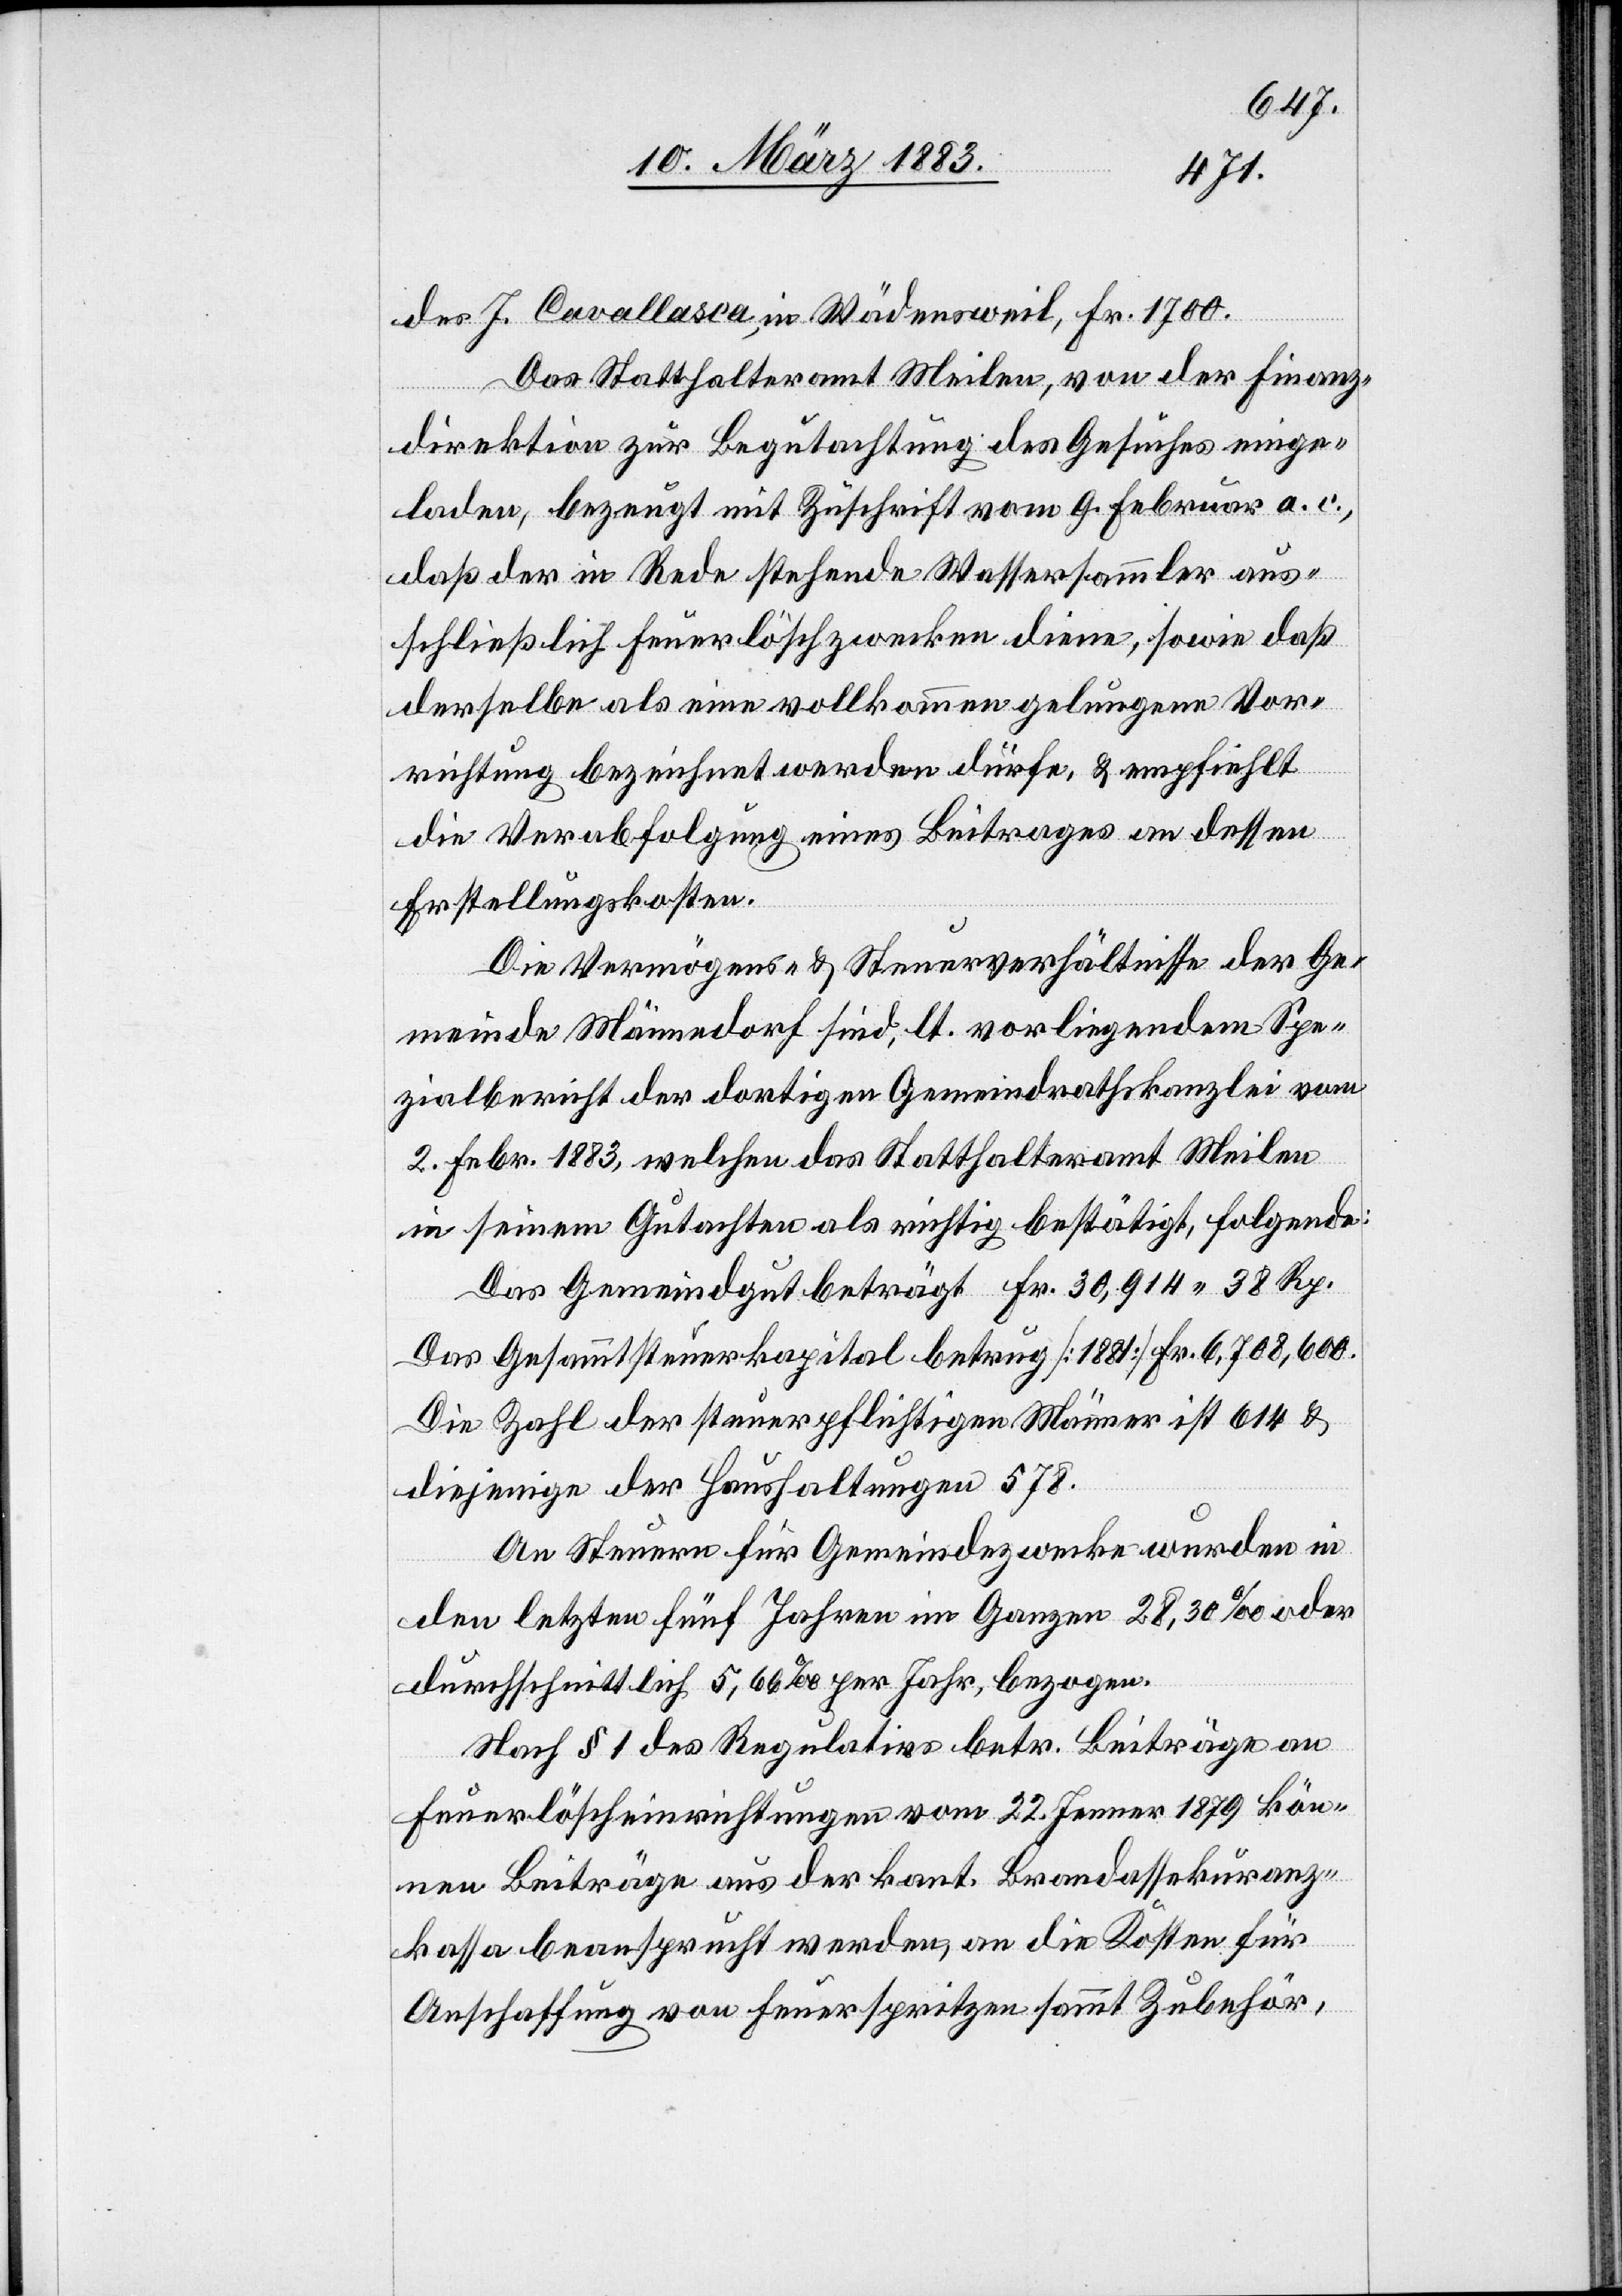
Kt. St.
an
eilt.